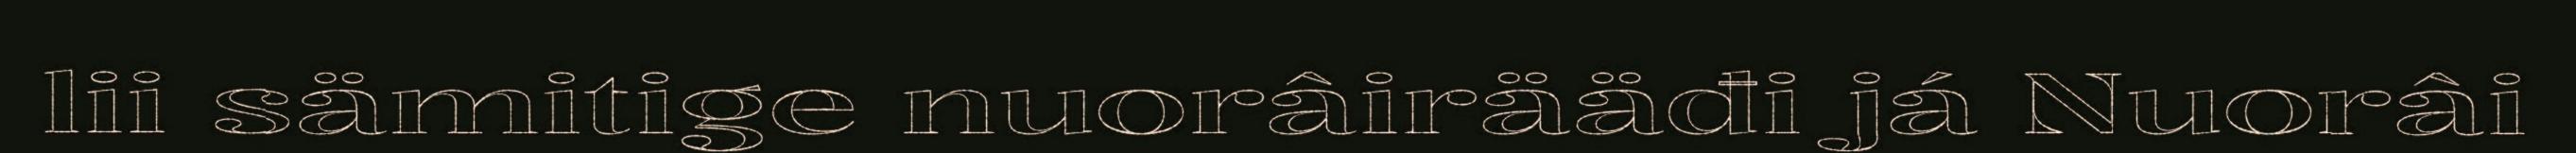
lii sämitige nuorâirääđi já Nuorâi